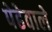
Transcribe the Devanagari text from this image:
पेढेवाले